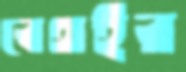
বেথইর